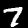
Label: 7